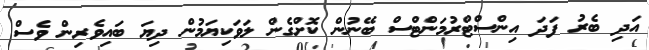
އަދި ބެރު ފަދަ އިންސްޓްރުމަންޓްސް ބޭނުން ކޮށްގެން ލަވަކިޔަމުން ދިޔަ ބައިވެރިން ވެސް